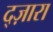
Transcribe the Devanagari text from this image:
द्ज़ारा